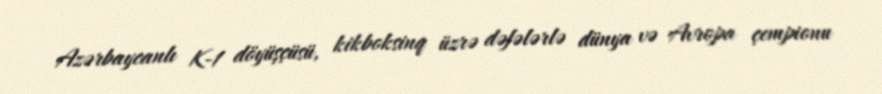
Azərbaycanlı K-1 döyüşçüsü, kikboksinq üzrə dəfələrlə dünya və Avropa çempionu